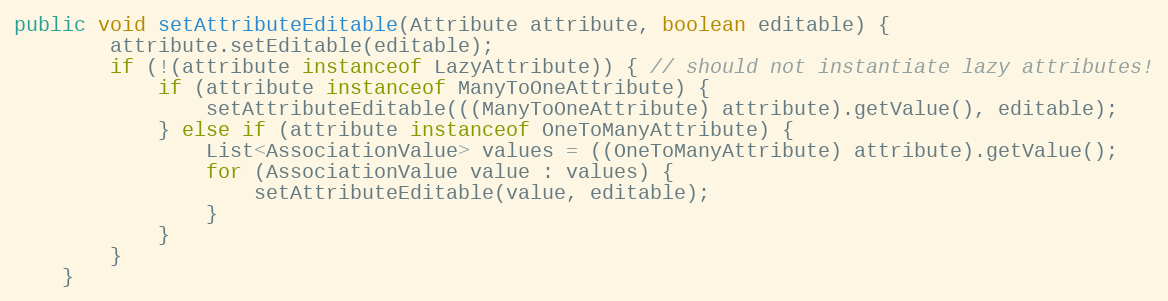
Language: Java
public void setAttributeEditable(Attribute attribute, boolean editable) {
		attribute.setEditable(editable);
		if (!(attribute instanceof LazyAttribute)) { // should not instantiate lazy attributes!
			if (attribute instanceof ManyToOneAttribute) {
				setAttributeEditable(((ManyToOneAttribute) attribute).getValue(), editable);
			} else if (attribute instanceof OneToManyAttribute) {
				List<AssociationValue> values = ((OneToManyAttribute) attribute).getValue();
				for (AssociationValue value : values) {
					setAttributeEditable(value, editable);
				}
			}
		}
	}